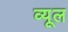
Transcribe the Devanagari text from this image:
व्यूल